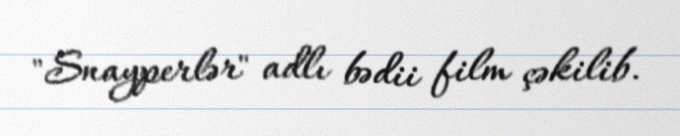
"Snayperlər" adlı bədii film çəkilib.